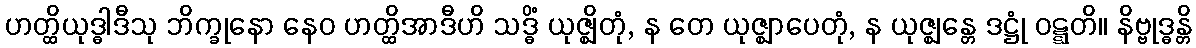
ဟတ္ထိယုဒ္ဓါဒီသု ဘိက္ခုနော နေဝ ဟတ္ထိအာဒီဟိ သဒ္ဓိံ ယုဇ္ဈိတုံ, န တေ ယုဇ္ဈာပေတုံ, န ယုဇ္ဈန္တေ ဒဋ္ဌုံ ဝဋ္ဋတိ။ နိဗ္ဗုဒ္ဓန္တိ